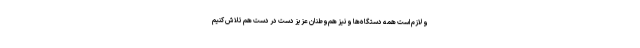
و لازم است همهٔ دستگاه‌ها و نیز هم‌وطنان عزیز دست در دست هم تلاش کنیم